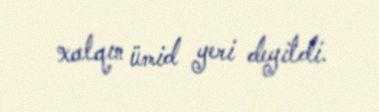
xalqın ümid yeri deyildi.